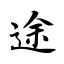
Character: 途